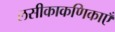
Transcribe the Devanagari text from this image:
लसीकाकणिकाएँ